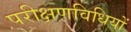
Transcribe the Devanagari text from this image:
परीक्षणविधियों